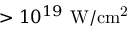
> 1 0 ^ { 1 9 } \ \mathrm { W / c m ^ { 2 } }